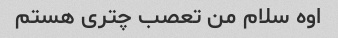
اوه سلام من تعصب چتری هستم